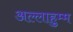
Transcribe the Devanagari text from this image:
अल्लाहुम्म